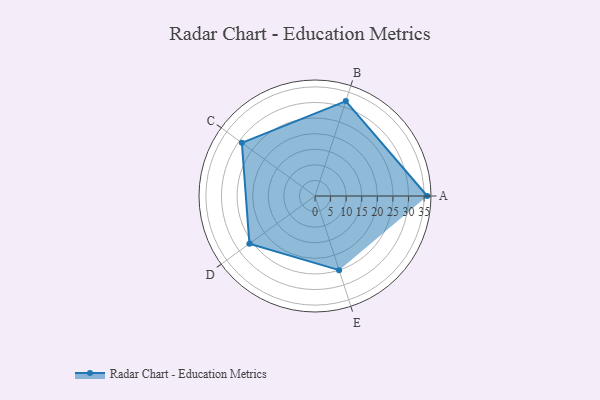
{"axis": {"x": "Skill", "y": "Score"}, "legend": ["Profile"], "data": [{"x": "A", "y": 36.0, "type": "Profile"}, {"x": "B", "y": 32.0, "type": "Profile"}, {"x": "C", "y": 29.0, "type": "Profile"}, {"x": "D", "y": 26.0, "type": "Profile"}, {"x": "E", "y": 25.0, "type": "Profile"}]}